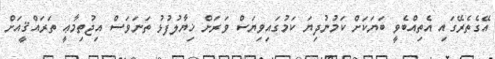
އޭގެތެރޭގައި އެތިއްބެވީ ބަޔަކަށް ކަމުނުދިޔަ ކަމުގައިވިޔަސް ވަރަށް ޚިޔާލުފުޅު ތަނަވަސް އިޖުތިމާޢީ ތަރައްޤީއަށް